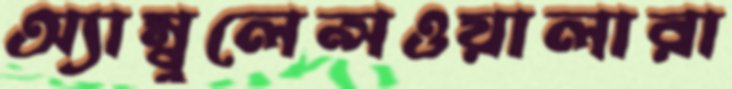
অ্যাম্বুলেন্সওয়ালারা